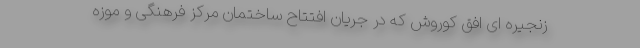
زنجیره ای افق کوروش که در جریان افتتاح ساختمان مرکز فرهنگی و موزه